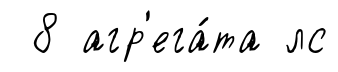
8 агр'ега́та лс